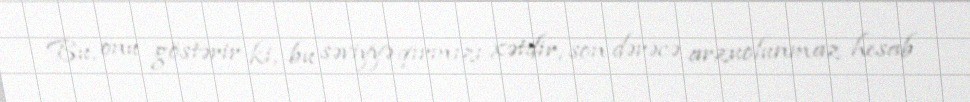
Bu, onu göstərir ki, bu səviyyə qırmızı xətdir, son dərəcə arzuolunmaz hesab